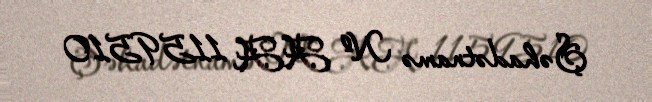
Şəhadətnamə № AA 1159510